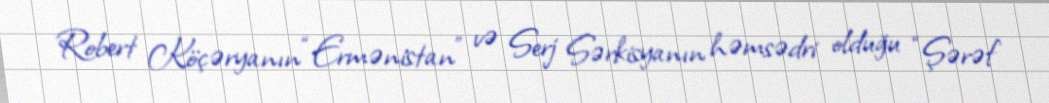
Robert Köçəryanın “Ermənistan” və Serj Sərkisyanın həmsədri olduğu “Şərəf